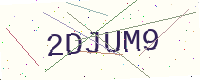
Text: 2DJUM9